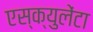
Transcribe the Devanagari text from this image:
एस्क्युलेंटा